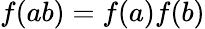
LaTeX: f(ab)=f(a)f(b)